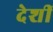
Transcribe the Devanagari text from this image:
देशीं